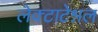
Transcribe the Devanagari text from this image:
लेक्टाटेश्नल